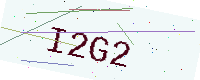
Text: I2G2